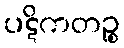
ပဋိကတဉ္စ